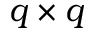
q \times q